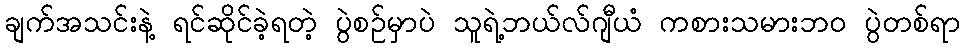
ချက်အသင်းနဲ့ ရင်ဆိုင်ခဲ့ရတဲ့ ပွဲစဉ်မှာပဲ သူရဲ့ဘယ်လ်ဂျီယံ ကစားသမားဘဝ ပွဲတစ်ရာ